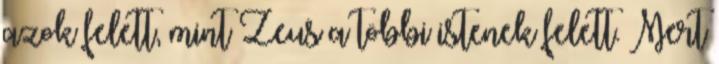
azok felett, mint Zeus a többi istenek felett. Mert